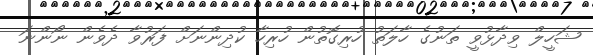
ޝަހީލް ވިދާޅުވީ ތަނުގެ ހާލަތު ހުރިގޮތުން ހުރިހާ ކުދިންނަށް ފަރުވާ ދެވެން ނޯންނަ